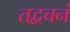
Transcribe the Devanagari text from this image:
तद्वचनं